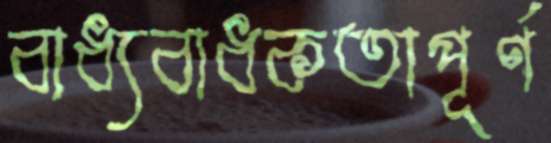
বাধ্যবাধকতাপূর্ণ